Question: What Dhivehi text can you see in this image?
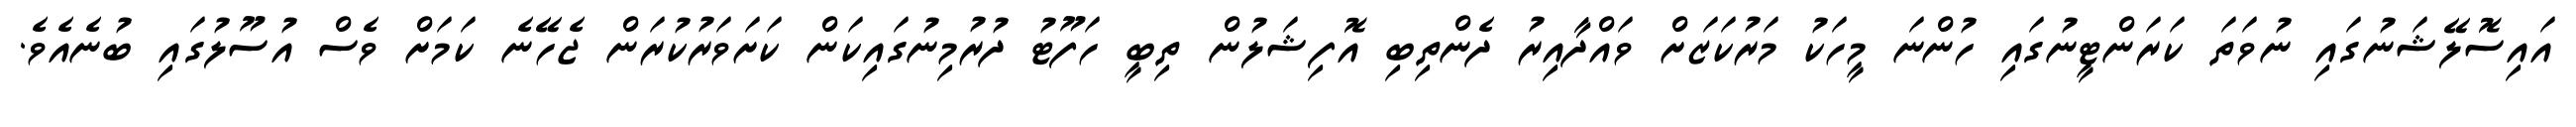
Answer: އައިސޮލޭޝަނުގައި ނުވަތަ ކަރަންޓީނުގައި ހުންނަ މީހަކު މަރުކަޒަށް ވައްދާއިރު ދެންތިބި އޮފިޝަލުން ތިބީ ހަފޫޓު ދުރުމިނުގައިކަން ކަށަވަރުކުރަން ޖެހޭނެ ކަމަށް ވެސް އުސޫލުގައި ބުނެއެވެ.